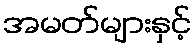
အမတ်များနှင့်